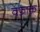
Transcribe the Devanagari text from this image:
वफ़ाक़